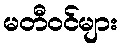
မတီဝင်များ